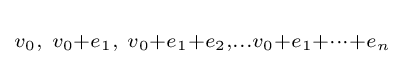
\scriptstyle v_{0},\ v_{0}+e_{1},\ v_{0}+e_{1}+e_{2},\ldots v_{0}+e_{1}+\cdots +e_{n}